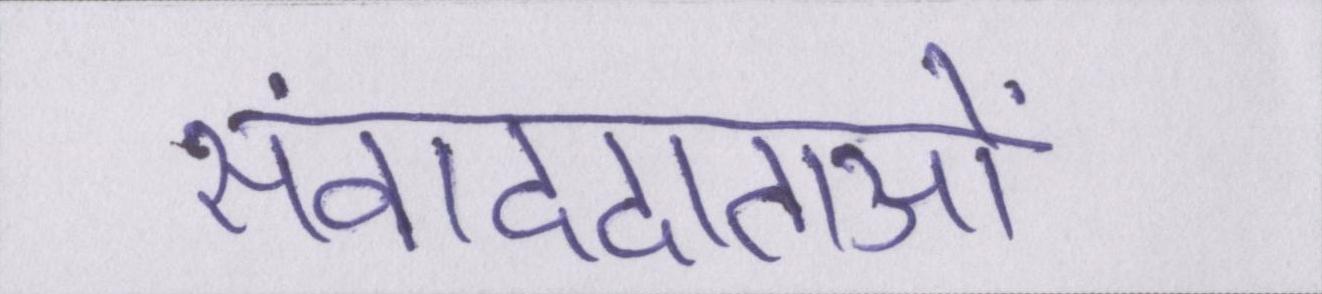
संवाददाताओं